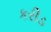
કરીડ